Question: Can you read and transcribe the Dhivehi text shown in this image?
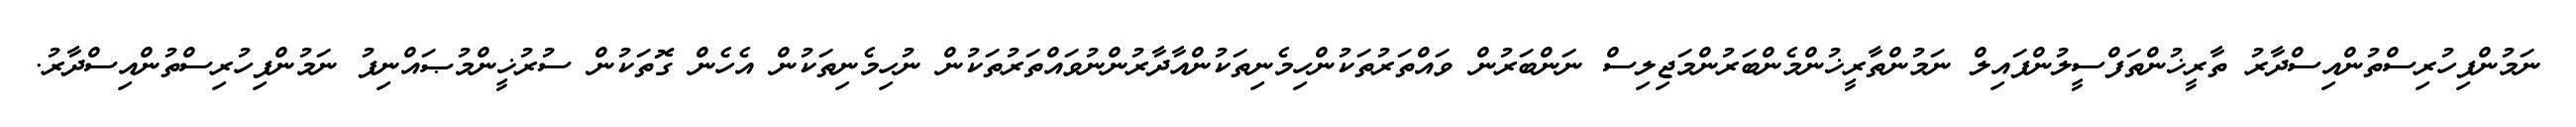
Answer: ނަމުންފިހުރިސްތުންއިސްދާރު ތާރީޚުންތަފްސީލުންފައިލް ނަމުންތާރީޚުންމެންބަރުންމަޖިލިސް ނަންބަރުން ވައްތަރުތަކުންހިމެނިތަކުންއާދާރުންނުވައްތަރުތަކުން ނުހިމެނިތަކުން އެހެން ގޮތަކުން ސުރުޚީންމުޞައްނިފު ނަމުންފިހުރިސްތުންއިސްދާރު.